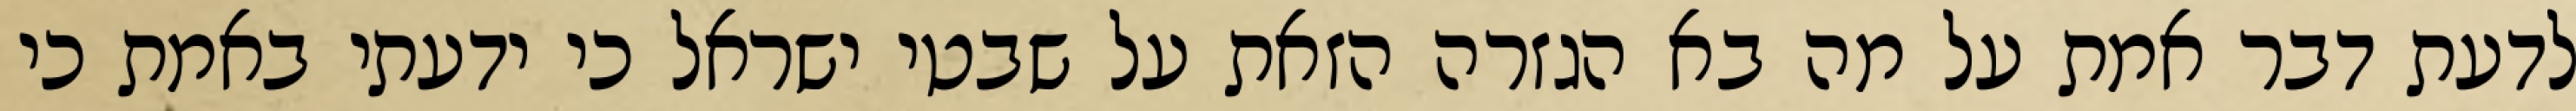
לדעת דבר אמת על מה בא הגזרה הזאת על שבטי ישראל כי ידעתי באמת כי